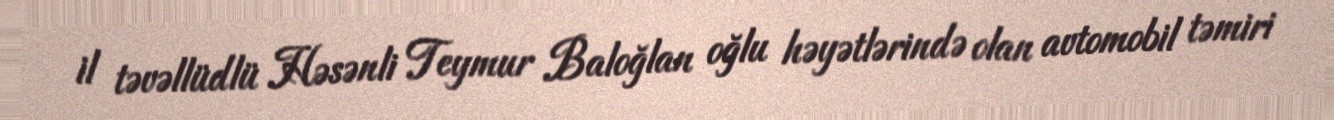
il təvəllüdlü Həsənli Teymur Baloğlan oğlu həyətlərində olan avtomobil təmiri